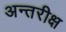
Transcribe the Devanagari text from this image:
अन्तरीक्ष